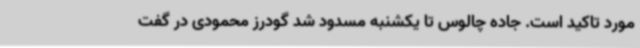
مورد تاکید است. جاده چالوس تا یکشنبه مسدود شد گودرز محمودی در گفت